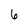
Character: 6